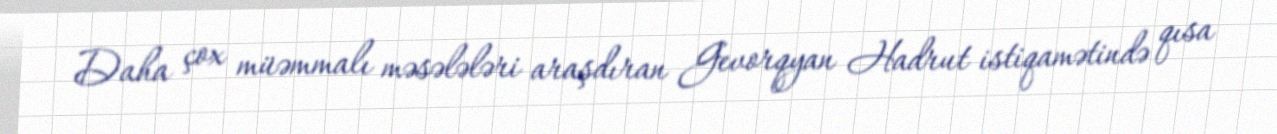
Daha çox müəmmalı məsələləri araşdıran Gevorqyan Hadrut istiqamətində qısa